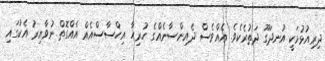
ދިރިއުޅުމަކީ އުނދަގޫ ދަތުރެކެވެ. އެއްވެސް ދެއިންސާނެއްގެ ހުރިހާ އިހްސާސްއެއް އެއްގޮތް ނުވާއިރު އެކުގައި